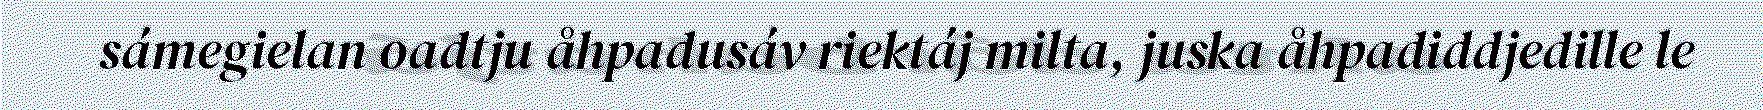
sámegielan oadtju åhpadusáv riektáj milta, juska åhpadiddjedille le